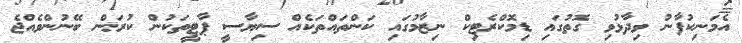
އެމަނިކުފާނު ވިދާޅުވި ގޮތުގައި ޑިމޮކްރެޓިކް ނިޒާމުގައި ކަންތައްތަކެއް ސިޔާސީ ޕާޓީތަކުން ކުރަން ބޭނުންވެއްޖެ